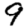
Digit: 9